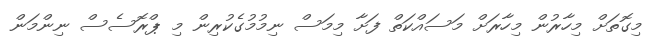
މިގޮތަށް މިހާރުން މިހާރަށް މަސައްކަތް ފަށާ މިމަސް ނިމުމުގެކުރިން މި ޕްރޮސެސް ނިންމަން